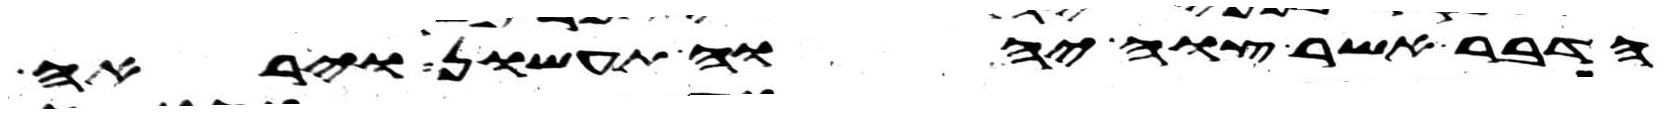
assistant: הדבר אשר צוה יהוה תעשון ויראה